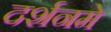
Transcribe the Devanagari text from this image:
दर्शनमे